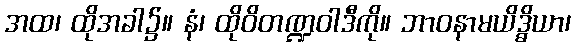
အထ၊ ထိုအခါ၌။ နံ၊ ထိုဝိတဏ္ဍဝါဒီကို။ ဘာဝနာမယိဒ္ဓိယာ၊